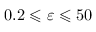
0 . 2 \leqslant \varepsilon \leqslant 5 0